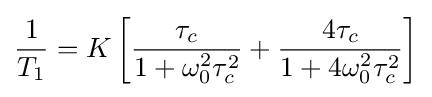
{\frac {1}{T_{1}}}=K\left[{\frac {\tau _{c}}{1+\omega _{0}^{2}\tau _{c}^{2}}}+{\frac {4\tau _{c}}{1+4\omega _{0}^{2}\tau _{c}^{2}}}\right]